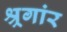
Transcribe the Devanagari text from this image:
श्र्रगांर